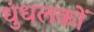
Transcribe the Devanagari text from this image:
धुंधलकों